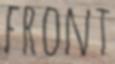
FRONT